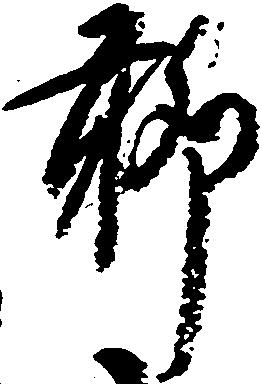
聊